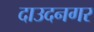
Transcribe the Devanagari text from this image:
दाउदनगर